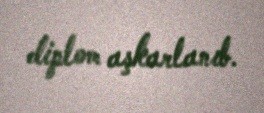
diplom aşkarlanıb.